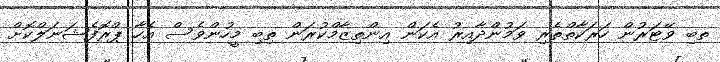
ތބި ވޭޓަރުން ހަރަކާތްތެރި ވަމުންދާއިރު އެކަން އިންތިޒާމްކުރަން ތިބި މީހުންވެސް އެހާ ޕްރޮފެޝަނަލްކޮށް